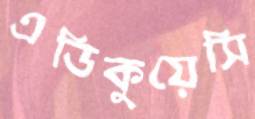
এডিকুয়েসি